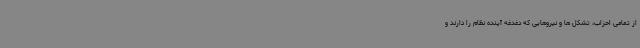
از تمامی احزاب، تشکل ها و نیروهایی که دغدغه آینده نظام را دارند و